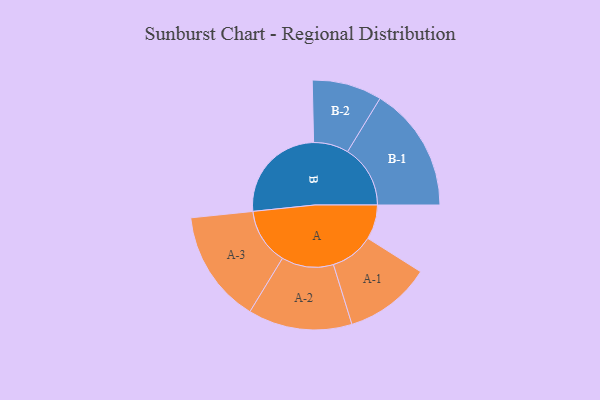
{"axis": {"x": "Segment", "y": "Value"}, "legend": ["", "A", "B"], "data": [{"x": "A", "y": 164, "type": ""}, {"x": "B", "y": 481, "type": ""}, {"x": "A-1", "y": 206, "type": "A"}, {"x": "A-2", "y": 247, "type": "A"}, {"x": "A-3", "y": 268, "type": "A"}, {"x": "B-1", "y": 298, "type": "B"}, {"x": "B-2", "y": 166, "type": "B"}]}